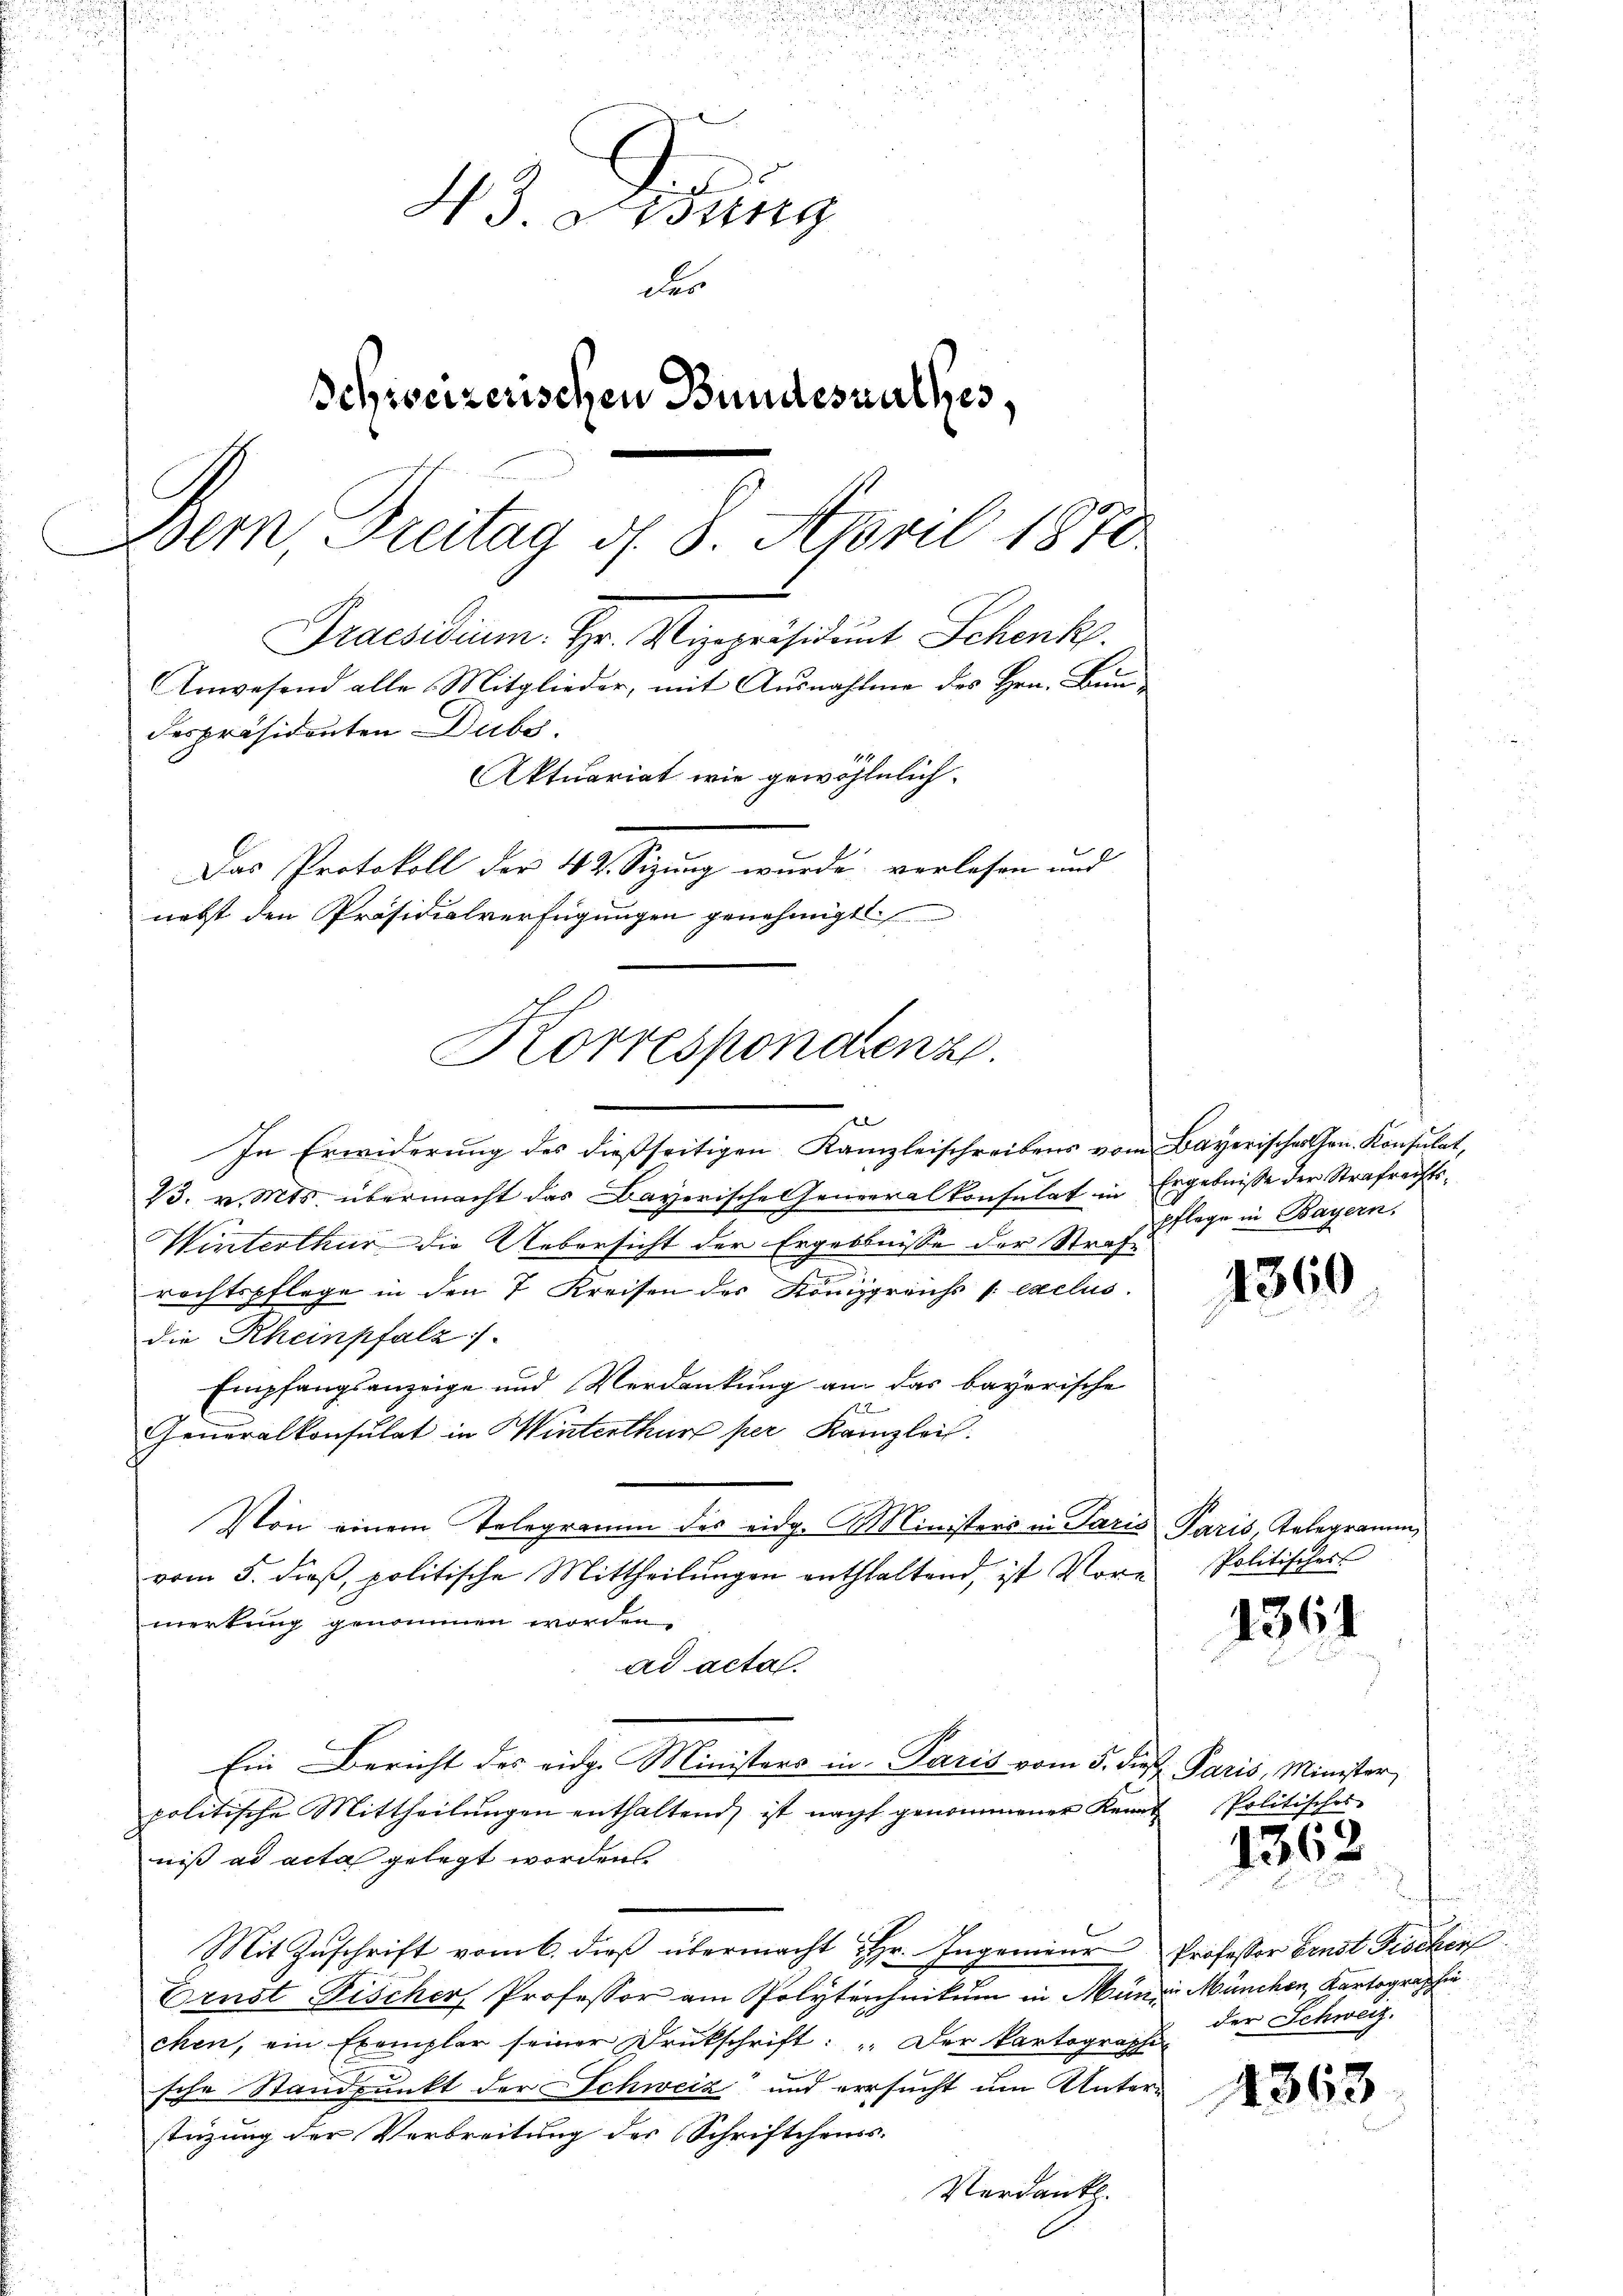
u

.
28 50

e
H3. Fidung
des
Schweizerischen Bundesrathes,
Bern, Freitag d. 3. April 1870
Praesidium. Hr. Vizepräsident Schenk
Anwesend alle Mitglieder, mit Ausnahme des Hrn. Bun
despräsidenten Dubs,
Aktuariat wie gewöhnlich.
Das Protokoll der 42. Sitzung wurde verlesen und
nebst den Präsidialverfügungen genehmigt

Korrespondenz.

e
In Erwiderung des dießseitigen Kanzleischreibens vom Bayerischehen. Konsulat,
23. v. Mts. übermacht das Bayerische Generalkonsulat in Ergebnisse der Strafrechts¬
Winterthur die Uebersicht der Ergebnisse der Strafn
d
rechtspflege in den 7 Kreisen des Königreichs s exclus
die Rheinpfalz
Empfangsanzeige und Verdankung am das bayerische
22
Generalkonsulat in Winterthur per Kanzlei.
Von einem Telegramm des eidg. Ministers in Paris Paris, Telegramm,
vom 5. dieβ, politische Mittheilŭngen anthaltend, ist Vore Politischers
merkung genommen worden.
ad acta.
Ein Bericht des eidg. Ministers in Paris vom 5. die Paris, Minister,
politische Mittheilungen enthaltend, ist nacht genommener Kenn
niß ad acta gelegt worden.
Mit Zuschrift vom 6. dieß übermacht Hr. Ingenieur
Ernst Fischer Professor am Polytechnikum in Münde München, Kartographie
chen, ein Exempler seiner Drukschrift: „Der Kartographen
sche Standpunkt der Schweiz und versucht um Unterstüzung der Verbreitung des Schriftchens.
Verdank

pflege in Bayern,

4360

1361

Politisches

1362

Professor Ernst Fischer
der Schweiz.

1363